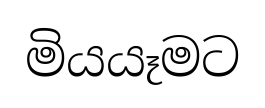
මියයෑමට